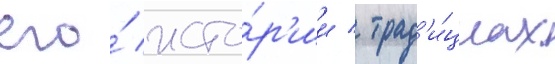
его́ исто́р'ии / трад'и́циах